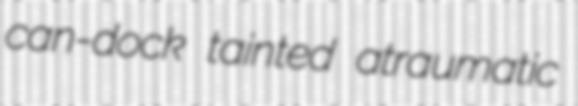
can-dock tainted atraumatic